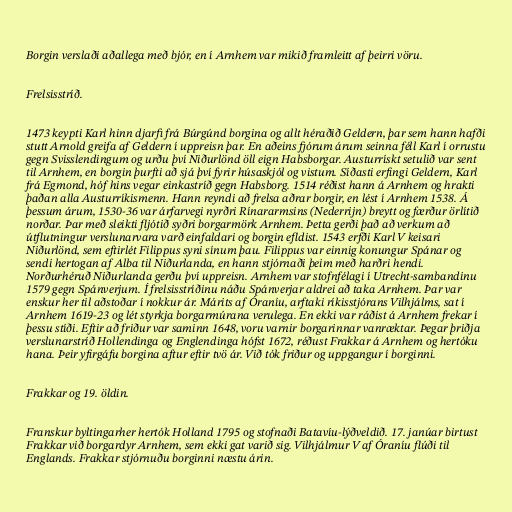
Borgin verslaði aðallega með bjór, en í Arnhem var mikið framleitt af þeirri vöru.

Frelsisstríð.

1473 keypti Karl hinn djarfi frá Búrgúnd borgina og allt héraðið Geldern, þar sem hann hafði
stutt Arnold greifa af Geldern í uppreisn þar. En aðeins fjórum árum seinna féll Karl í orrustu
gegn Svisslendingum og urðu því Niðurlönd öll eign Habsborgar. Austurrískt setulið var sent
til Arnhem, en borgin þurfti að sjá því fyrir húsaskjól og vistum. Síðasti erfingi Geldern, Karl
frá Egmond, hóf hins vegar einkastríð gegn Habsborg. 1514 réðist hann á Arnhem og hrakti
þaðan alla Austurríkismenn. Hann reyndi að frelsa aðrar borgir, en lést í Arnhem 1538. Á
þessum árum, 1530-36 var árfarvegi nyrðri Rínararmsins (Nederrijn) breytt og færður örlítið
norðar. Þar með sleikti fljótið syðri borgarmörk Arnhem. Þetta gerði það að verkum að
útflutningur verslunarvara varð einfaldari og borgin efldist. 1543 erfði Karl V keisari
Niðurlönd, sem eftirlét Filippus syni sínum þau. Filippus var einnig konungur Spánar og
sendi hertogan af Alba til Niðurlanda, en hann stjórnaði þeim með harðri hendi.
Norðurhéruð Niðurlanda gerðu því uppreisn. Arnhem var stofnfélagi í Utrecht-sambandinu
1579 gegn Spánverjum. Í frelsisstríðinu náðu Spánverjar aldrei að taka Arnhem. Þar var
enskur her til aðstoðar í nokkur ár. Márits af Óraníu, arftaki ríkisstjórans Vilhjálms, sat í
Arnhem 1619-23 og lét styrkja borgarmúrana verulega. En ekki var ráðist á Arnhem frekar í
þessu stíði. Eftir að friður var saminn 1648, voru varnir borgarinnar vanræktar. Þegar þriðja
verslunarstríð Hollendinga og Englendinga hófst 1672, réðust Frakkar á Arnhem og hertóku
hana. Þeir yfirgáfu borgina aftur eftir tvö ár. Við tók friður og uppgangur í borginni.

Frakkar og 19. öldin.

Franskur byltingarher hertók Holland 1795 og stofnaði Batavíu-lýðveldið. 17. janúar birtust
Frakkar við borgardyr Arnhem, sem ekki gat varið sig. Vilhjálmur V af Óraníu flúði til
Englands. Frakkar stjórnuðu borginni næstu árin.